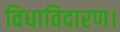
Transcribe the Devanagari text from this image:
विधाविदारण।